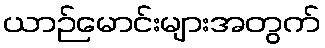
ယာဉ်မောင်းများအတွက်